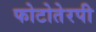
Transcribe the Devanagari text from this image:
फोटोतेरपी